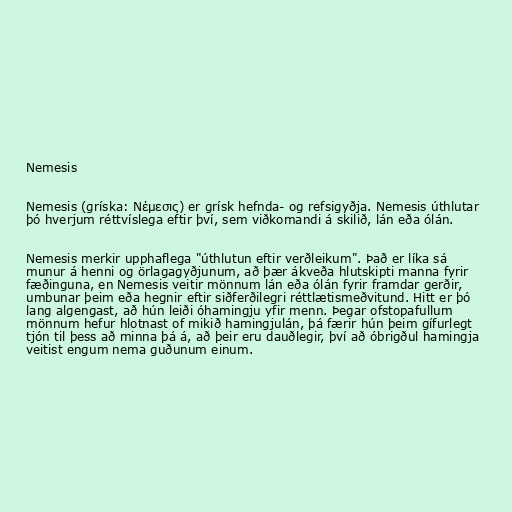
Nemesis

Nemesis (gríska: Νέμεσις) er grísk hefnda- og refsigyðja. Nemesis úthlutar
þó hverjum réttvíslega eftir því, sem viðkomandi á skilið, lán eða ólán.

Nemesis merkir upphaflega "úthlutun eftir verðleikum". Það er líka sá
munur á henni og örlagagyðjunum, að þær ákveða hlutskipti manna fyrir
fæðinguna, en Nemesis veitir mönnum lán eða ólán fyrir framdar gerðir,
umbunar þeim eða hegnir eftir siðferðilegri réttlætismeðvitund. Hitt er þó
lang algengast, að hún leiði óhamingju yfir menn. Þegar ofstopafullum
mönnum hefur hlotnast of mikið hamingjulán, þá færir hún þeim gífurlegt
tjón til þess að minna þá á, að þeir eru dauðlegir, því að óbrigðul hamingja
veitist engum nema guðunum einum.